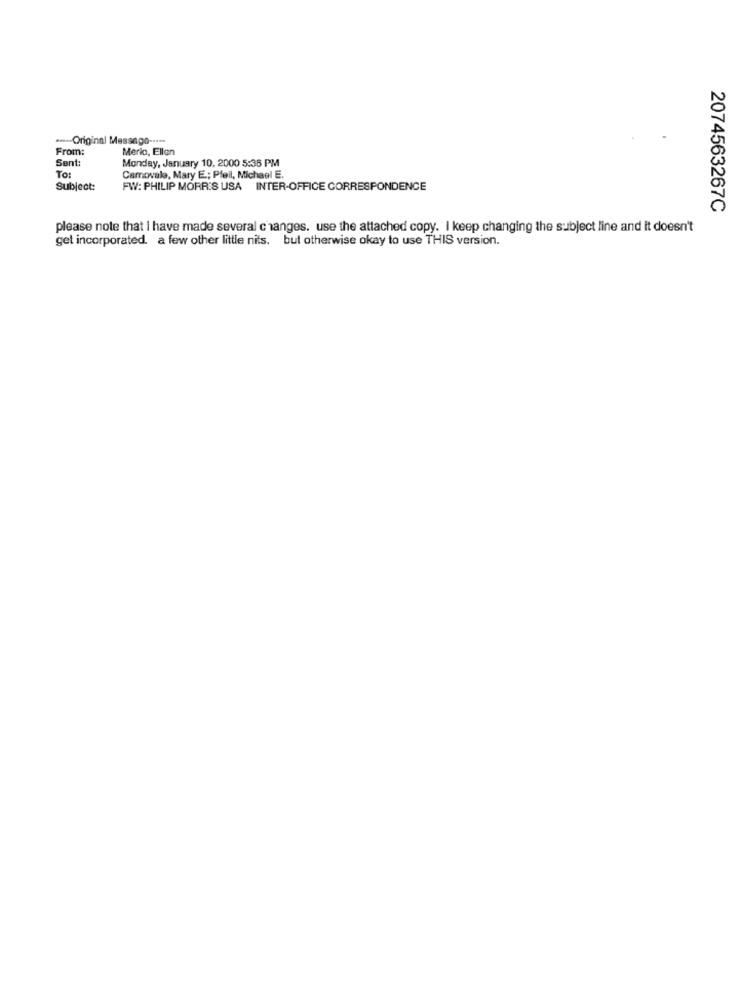
.--- Original Message -....
From:
Merio, Ellen
Sent:
Monday, January 10. 2000 5:36 PM
To:
Camovale, Mary E .; Pfeil, Michael E.
Subject:
FW: PHILIP MORRIS USA INTER-OFFICE CORRESPONDENCE
2074563267C
please note that I have made several changes. use the attached copy. I keep changing the subject line and it doesn't
get incorporated. a few other little nits. but otherwise okay to use THIS version.